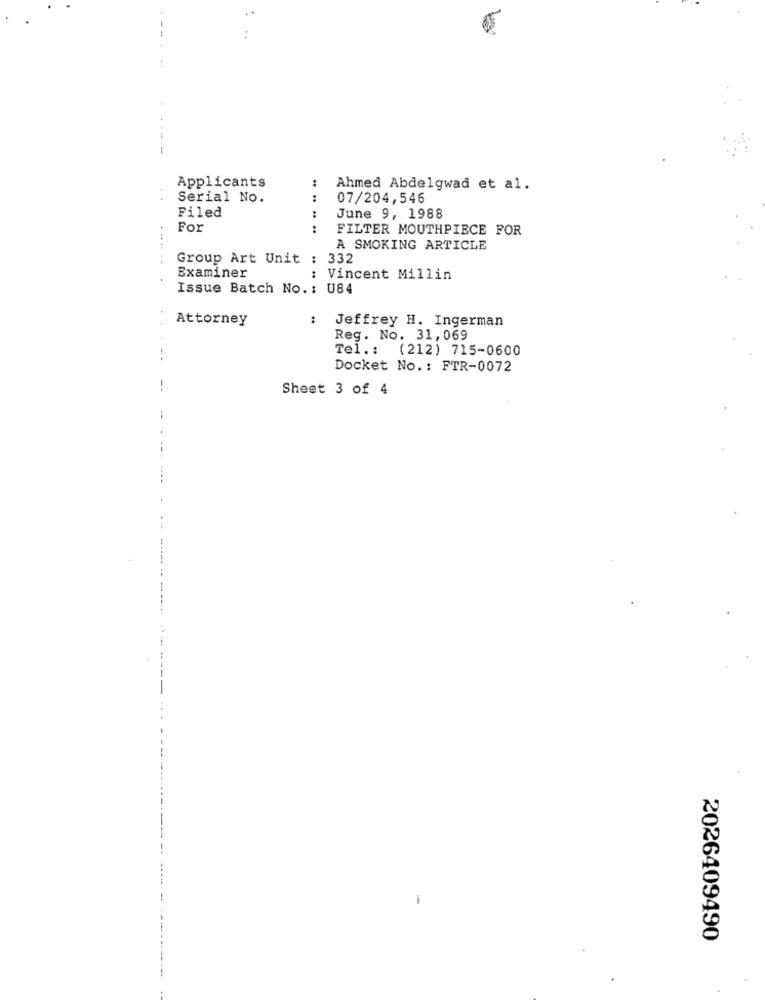
-----
Applicants
..
Ahmed Abdelgwad et al.
Serial No.
:
07/204,546
:
Filed
June 9, 1988
For
:
FILTER MOUTHPIECE FOR
A SMOKING ARTICLE
Group Art Unit : 332
Examiner
: Vincent Millin
Issue Batch No .: U84
Attorney
..
Jeffrey H. Ingerman
Reg. No. 31,069
Tel .: (212) 715-0600
Docket No .: FTR-0072
Sheet 3 of 4
2026409490